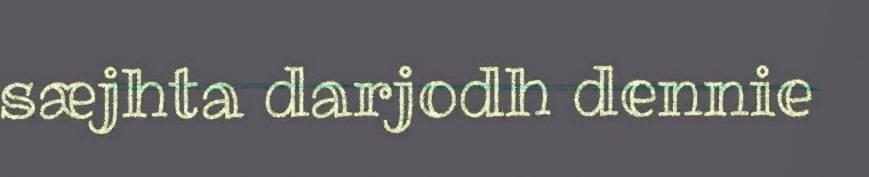
sæjhta darjodh dennie